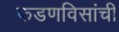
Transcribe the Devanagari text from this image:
फडणविसांची